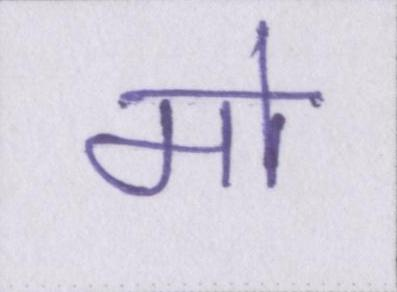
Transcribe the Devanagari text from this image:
मो